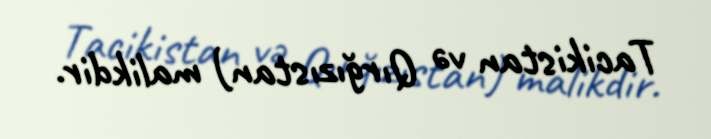
Tacikistan və Qırğızıstan) malikdir.